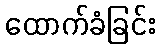
ထောက်ခံခြင်း